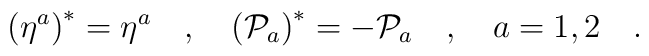
\left(\eta^a\right)^*=\eta^a\ \ \ ,\ \ \ \left({\cal P}_a\right)^*=-{\cal P}_a\ \ \ ,\ \ \ a=1,2\ \ \ .